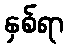
နှစ်ရာ